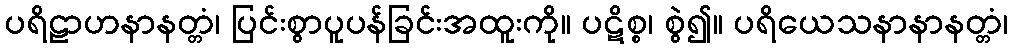
ပရိဠာဟနာနတ္တံ၊ ပြင်းစွာပူပန်ခြင်းအထူးကို။ ပဋိစ္စ၊ စွဲ၍။ ပရိယေသနာနာနတ္တံ၊